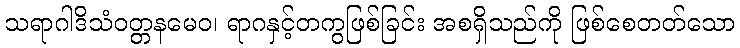
သရာဂါဒိသံဝတ္တနမေဝ၊ ရာဂနှင့်တကွဖြစ်ခြင်း အစရှိသည်ကို ဖြစ်စေတတ်သော